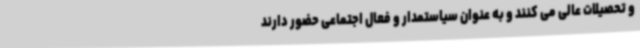
و تحصیلات عالی می کنند و به عنوان سیاستمدار و فعال اجتماعی حضور دارند